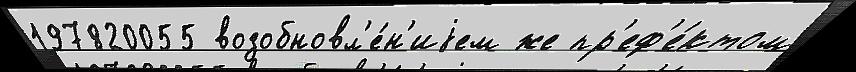
197820055 возобновл'е́н'иjем же пр'еф'е́ктом